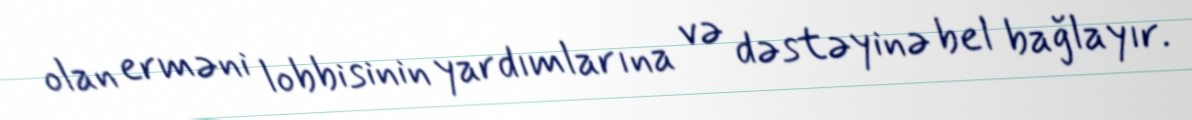
olan erməni lobbisinin yardımlarına və dəstəyinə bel bağlayır.